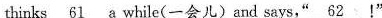
thinks \underline{61} a while(一会儿)and says," \underline{62}!"